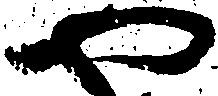
や